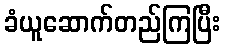
ခံယူဆောက်တည်ကြပြီး